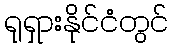
ရုရှားနိုင်ငံတွင်